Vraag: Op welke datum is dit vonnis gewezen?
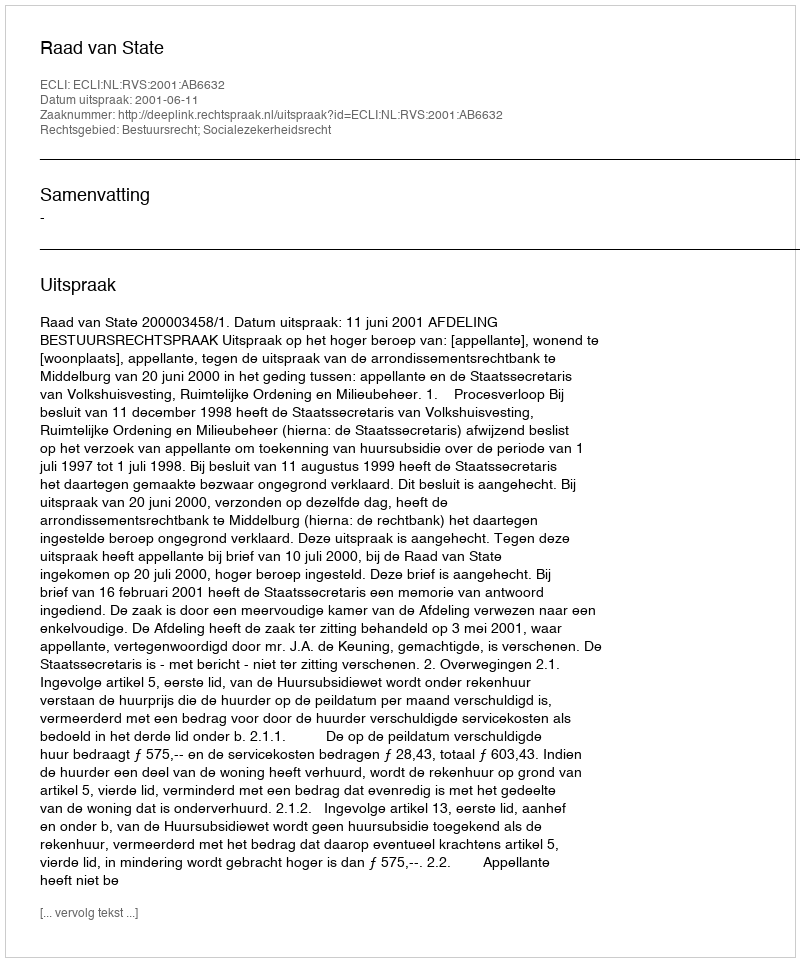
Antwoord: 2001-06-11